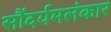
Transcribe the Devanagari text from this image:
सौंदर्यमलंकार